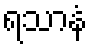
ရသာနံ